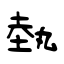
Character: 埶